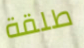
طلقة